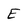
Character: E